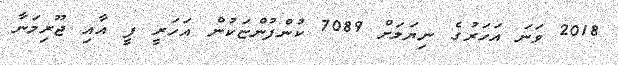
2018 ވަނަ އަހަރުގެ ނިޔަލަށް 7089 ކުންފުންޏަކުން އަހަރީ ފީ އާއި ޖޫރިމަނާ